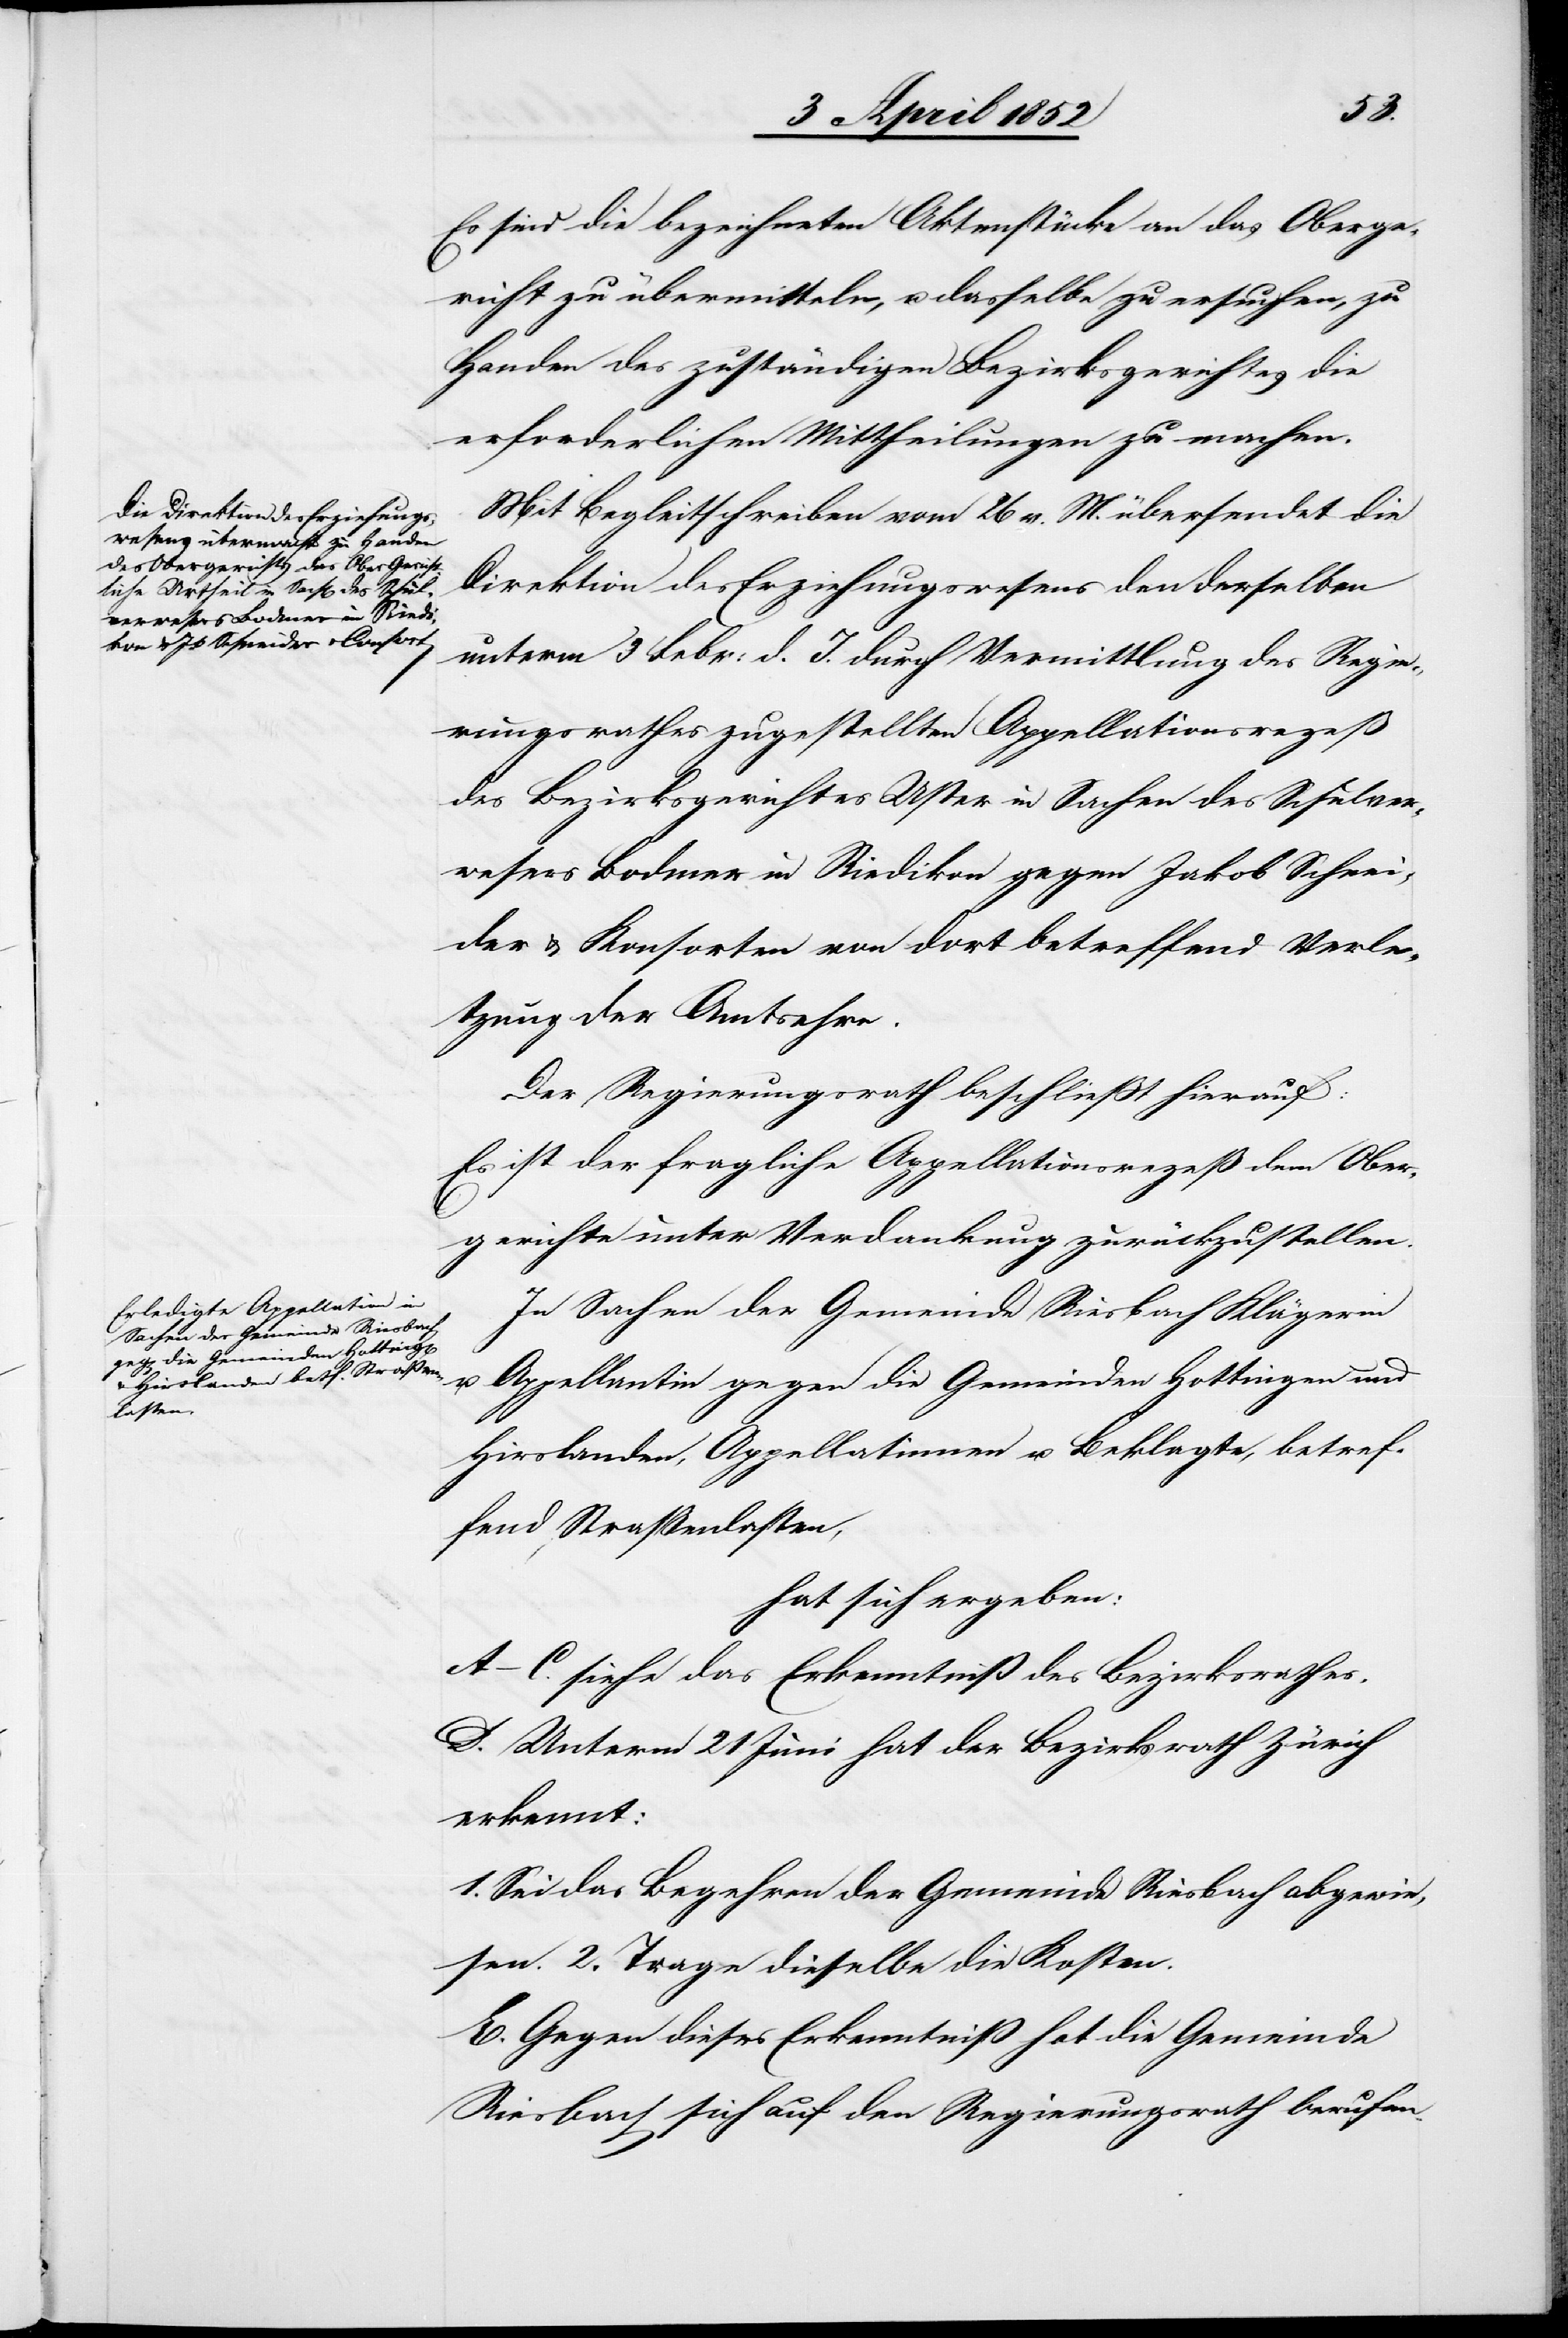
Es sind die bezeichneten Aktenstücke an das Oberge¬
richt zu übermitteln, u. dasselbe zu ersuchen, zu
Handen des zuständigen Bezirksgerichtes die
erforderlichen Mittheilungen zu machen.
Mit Begleitschreiben vom 26 v. M. übersendet die
Direktion des Erziehungswesens den derselben
unterm 3 Febr: d. J. durch Vermittlung des Regie¬
rungsrathes zugestellten Appellationsrezeß
des Bezirksgerichtes Uster in Sachen des Schulver¬
wesers Bodmer in Riedikon gegen Jakob Schnei¬
der & Konsorten von dort betreffend Verle¬
tzung der Amtsehre.
Der Regierungsrath beschliesst hierauf:
Es ist der fragliche Appellationsrezeß dem Ober¬
gerichte unter Verdankung zurückzustellen.
In Sachen der Gemeinde Riesbach Klägerin
u. Appellantin gegen die Gemeinden Hottingen und
Hirslanden, Appellatinnen u. Beklagte, betref¬
fend Straßenlasten,
hat sich ergeben:
A–C. siehe das Erkenntniß des Bezirksrathes.
D. Unterm 21 Juni hat der Bezirksrath Zürich
erkennt:
1. Sei das Begehren der Gemeinde Riesbach abgewie¬
sen. 2. Trage dieselbe die Kosten.
E. Gegen dieses Erkenntniß hat die Gemeinde
Riesbach sich auf den Regierungsrath berufen.